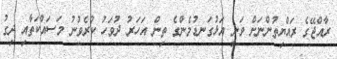
ރާއްޖޭގެ ރައްޔިތުންނަށް ވަނީ އަޅުގަނޑުމެންގެ ތިން އަހަރު ދުވަހު ކުރެވުނު މަސައްކަތާއި ދިގު